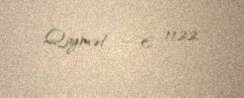
Qiymət — € 1122